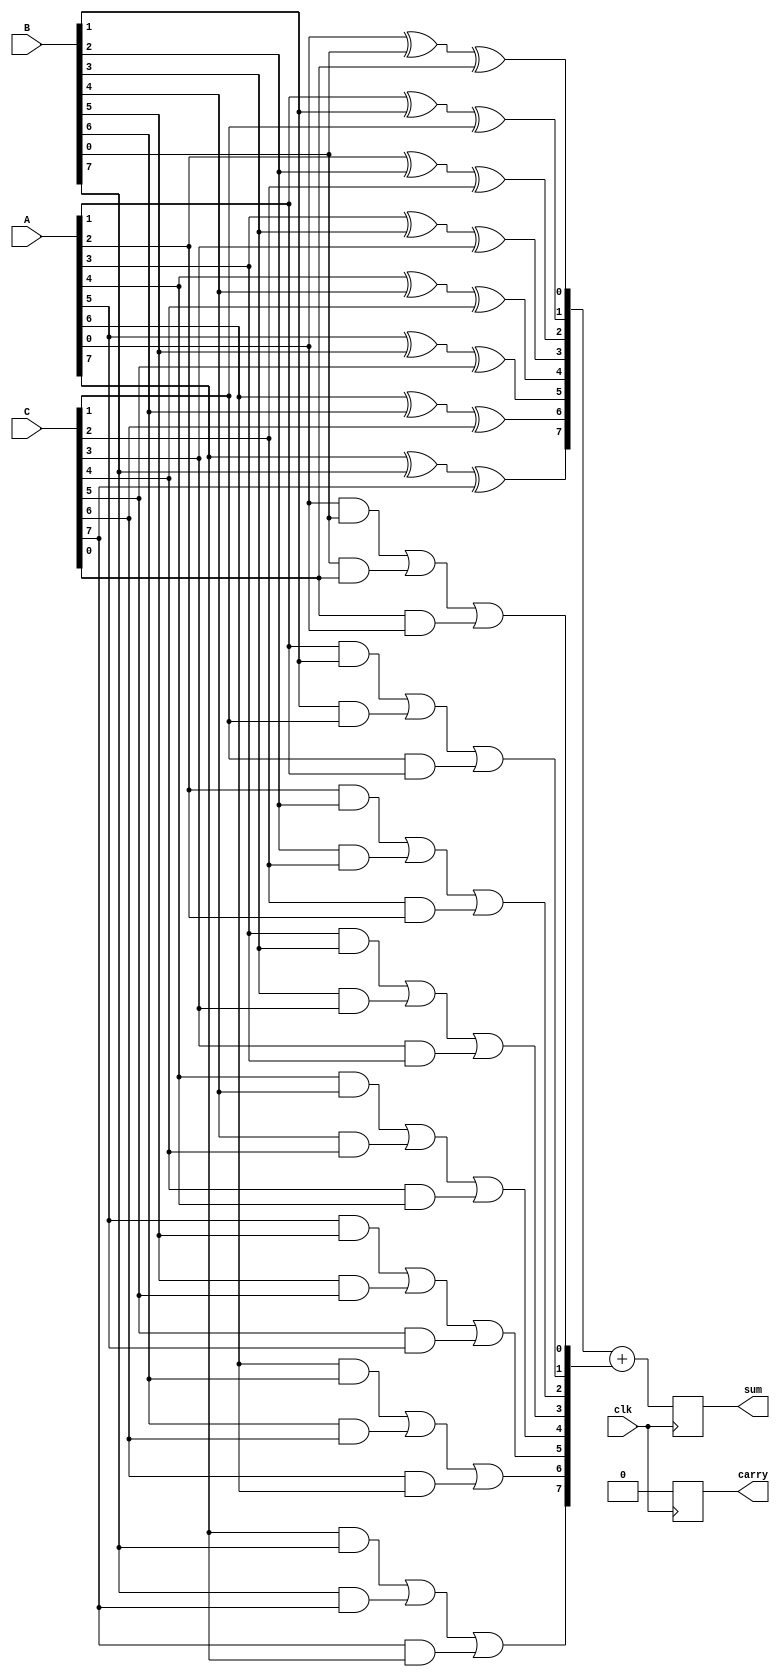
module DynamicCarrySaveAdder (
    input wire clk,                // Clock signal for dynamic logic
    input wire [N-1:0] A,         // First operand
    input wire [N-1:0] B,         // Second operand
    input wire [N-1:0] C,         // Third operand (can be extended for more operands)
    output reg [N:0] sum,         // Final sum output (N+1 bits to accommodate carry)
    output reg carry              // Final carry output
);
    parameter N = 8;              // Width of the operands

    // Internal wires for partial sums and carries
    wire [N-1:0] partial_sum;
    wire [N-1:0] carry_out;

    // Generate partial sums and carries using a carry-save approach
    genvar i;
    generate
        for (i = 0; i < N; i = i + 1) begin : CSA
            // Full adder logic for each bit
            assign partial_sum[i] = A[i] ^ B[i] ^ C[i]; // Sum bit
            assign carry_out[i] = (A[i] & B[i]) | (B[i] & C[i]) | (C[i] & A[i]); // Carry bit
        end
    endgenerate

    // Final carry resolution stage (optional)
    always @(posedge clk) begin
        // Combine partial sums and carries to produce final output
        {carry, sum} <= {1'b0, partial_sum} + {1'b0, carry_out}; // Add carry to partial sum
    end

endmodule